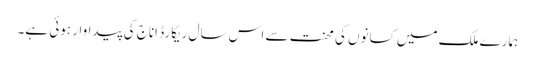
ہمارے ملک میں کسانوں کی محنت سے اس سال ریکارڈ اناج کی پیداوار ہوئی ہے۔